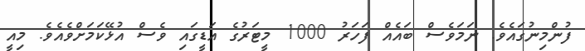
ފުންމިނުގައެވެ. ނަމަވެސް ބައެއް ފަހަރު 1000 މީޓަރުގެ އަޑީގައި ވެސް އުޅޭކަމަށްވެއެވެ. މިއީ